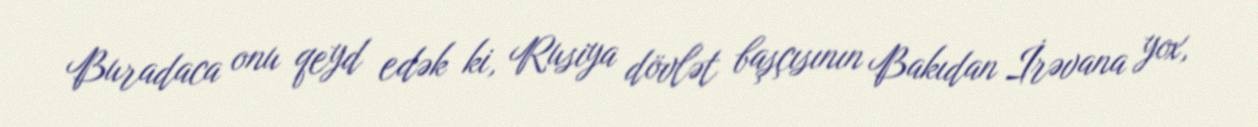
Buradaca onu qeyd edək ki, Rusiya dövlət başçısının Bakıdan İrəvana yox,